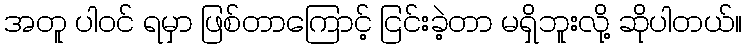
အတူ ပါဝင် ရမှာ ဖြစ်တာကြောင့် ငြင်းခဲ့တာ မရှိဘူးလို့ ဆိုပါတယ်။